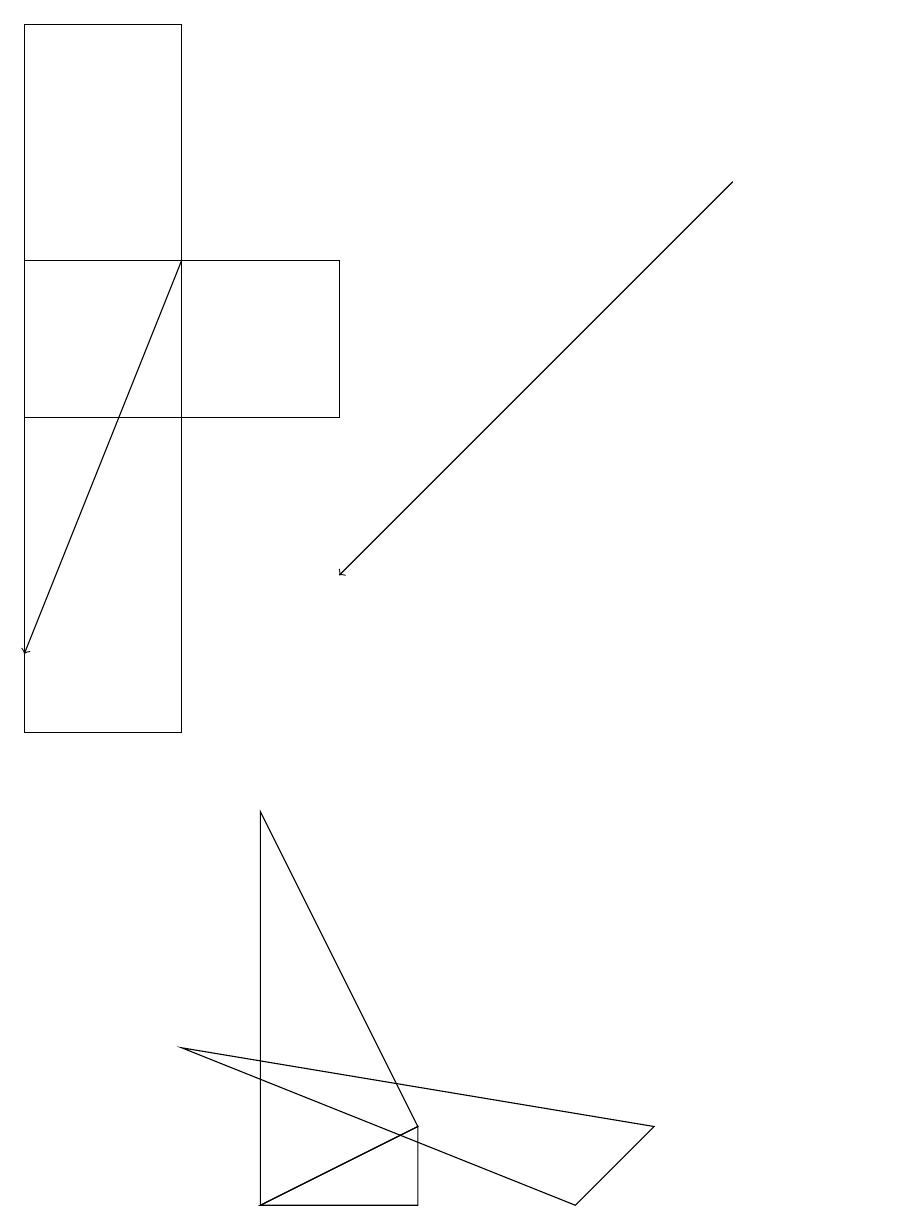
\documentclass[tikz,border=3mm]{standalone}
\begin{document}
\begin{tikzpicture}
\draw (3,9) -- (3,4) -- (5,5) -- cycle;
\draw (0,14) rectangle (4,16);
\draw[->] (9,17) -- (4,12);
\draw (11,11) circle (0);
\draw (2,6) -- (8,5) -- (7,4) -- cycle;
\draw (5,4) -- (3,4) -- (5,5) -- cycle;
\draw (0,10) rectangle (2,19);
\draw[->] (2,16) -- (0,11);
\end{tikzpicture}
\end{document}